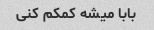
بابا میشه کمکم کنی